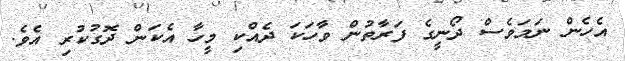
އެހެން ނަމަވެސް ދޯނީގެ ފަރާތުން ވާހަކަ ދެއްކި މީހާ އެކަން ދޮގުކުރި އެވެ.